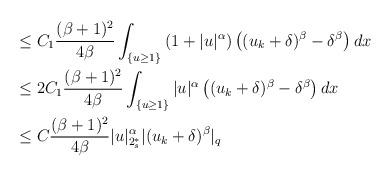
LaTeX: \begin{align*}&\leq C_1\frac{(\beta+1)^2}{4\beta}\int_{\{u\geq1\}}\left(1+|u|^{\alpha}\right)\left((u_k+\delta)^{\beta}-\delta^{\beta}\right) dx\\&\leq 2C_1\frac{(\beta+1)^2}{4\beta}\int_{\{u\geq1\}}|u|^{\alpha}\left((u_k+\delta)^{\beta}-\delta^{\beta}\right) dx\\&\leq C\frac{(\beta+1)^2}{4\beta}|u|_{2_s^*}^{\alpha}|(u_k+\delta)^{\beta}|_q \end{align*}